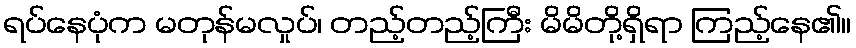
ရပ်နေပုံက မတုန်မလှုပ်၊ တည့်တည့်ကြီး မိမိတို့ရှိရာ ကြည့်နေ၏။